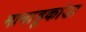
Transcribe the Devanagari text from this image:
मानाडूकांडा